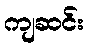
ကျဆင်း